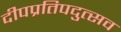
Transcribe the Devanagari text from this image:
दीपप्रतिपदुत्सव